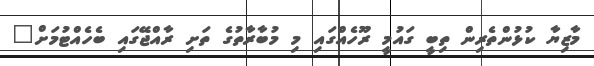
މާޒިޔާ ކުޅުންތެރިން ތިބީ ގައުމީ ރޫހެއްގައި މި މުބާރާތުގެ ތަށި ރާއްޖޭގައި ބެހެއްޓުމަށް"